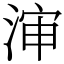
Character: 渖